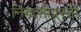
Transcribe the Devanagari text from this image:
निवासीवस्ती